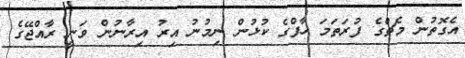
އެގޮތުން މެޗްގެ ފުރަތަމަ ހާފްގެ ކުޅުން ނިމުނު އިރު އިރާނުން ވަނީ ރާއްޖޭގެ